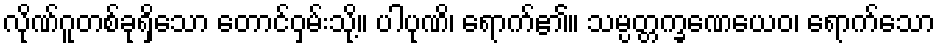
လိုဏ်ဂူတစ်ခုရှိသော တောင်ဝှမ်းသို့။ ပါပုဏိ၊ ရောက်၏။ သမ္ပတ္တက္ခဏေယေဝ၊ ရောက်သော